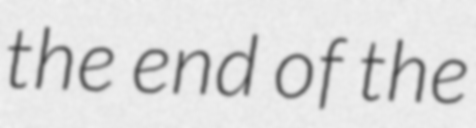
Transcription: the end of the